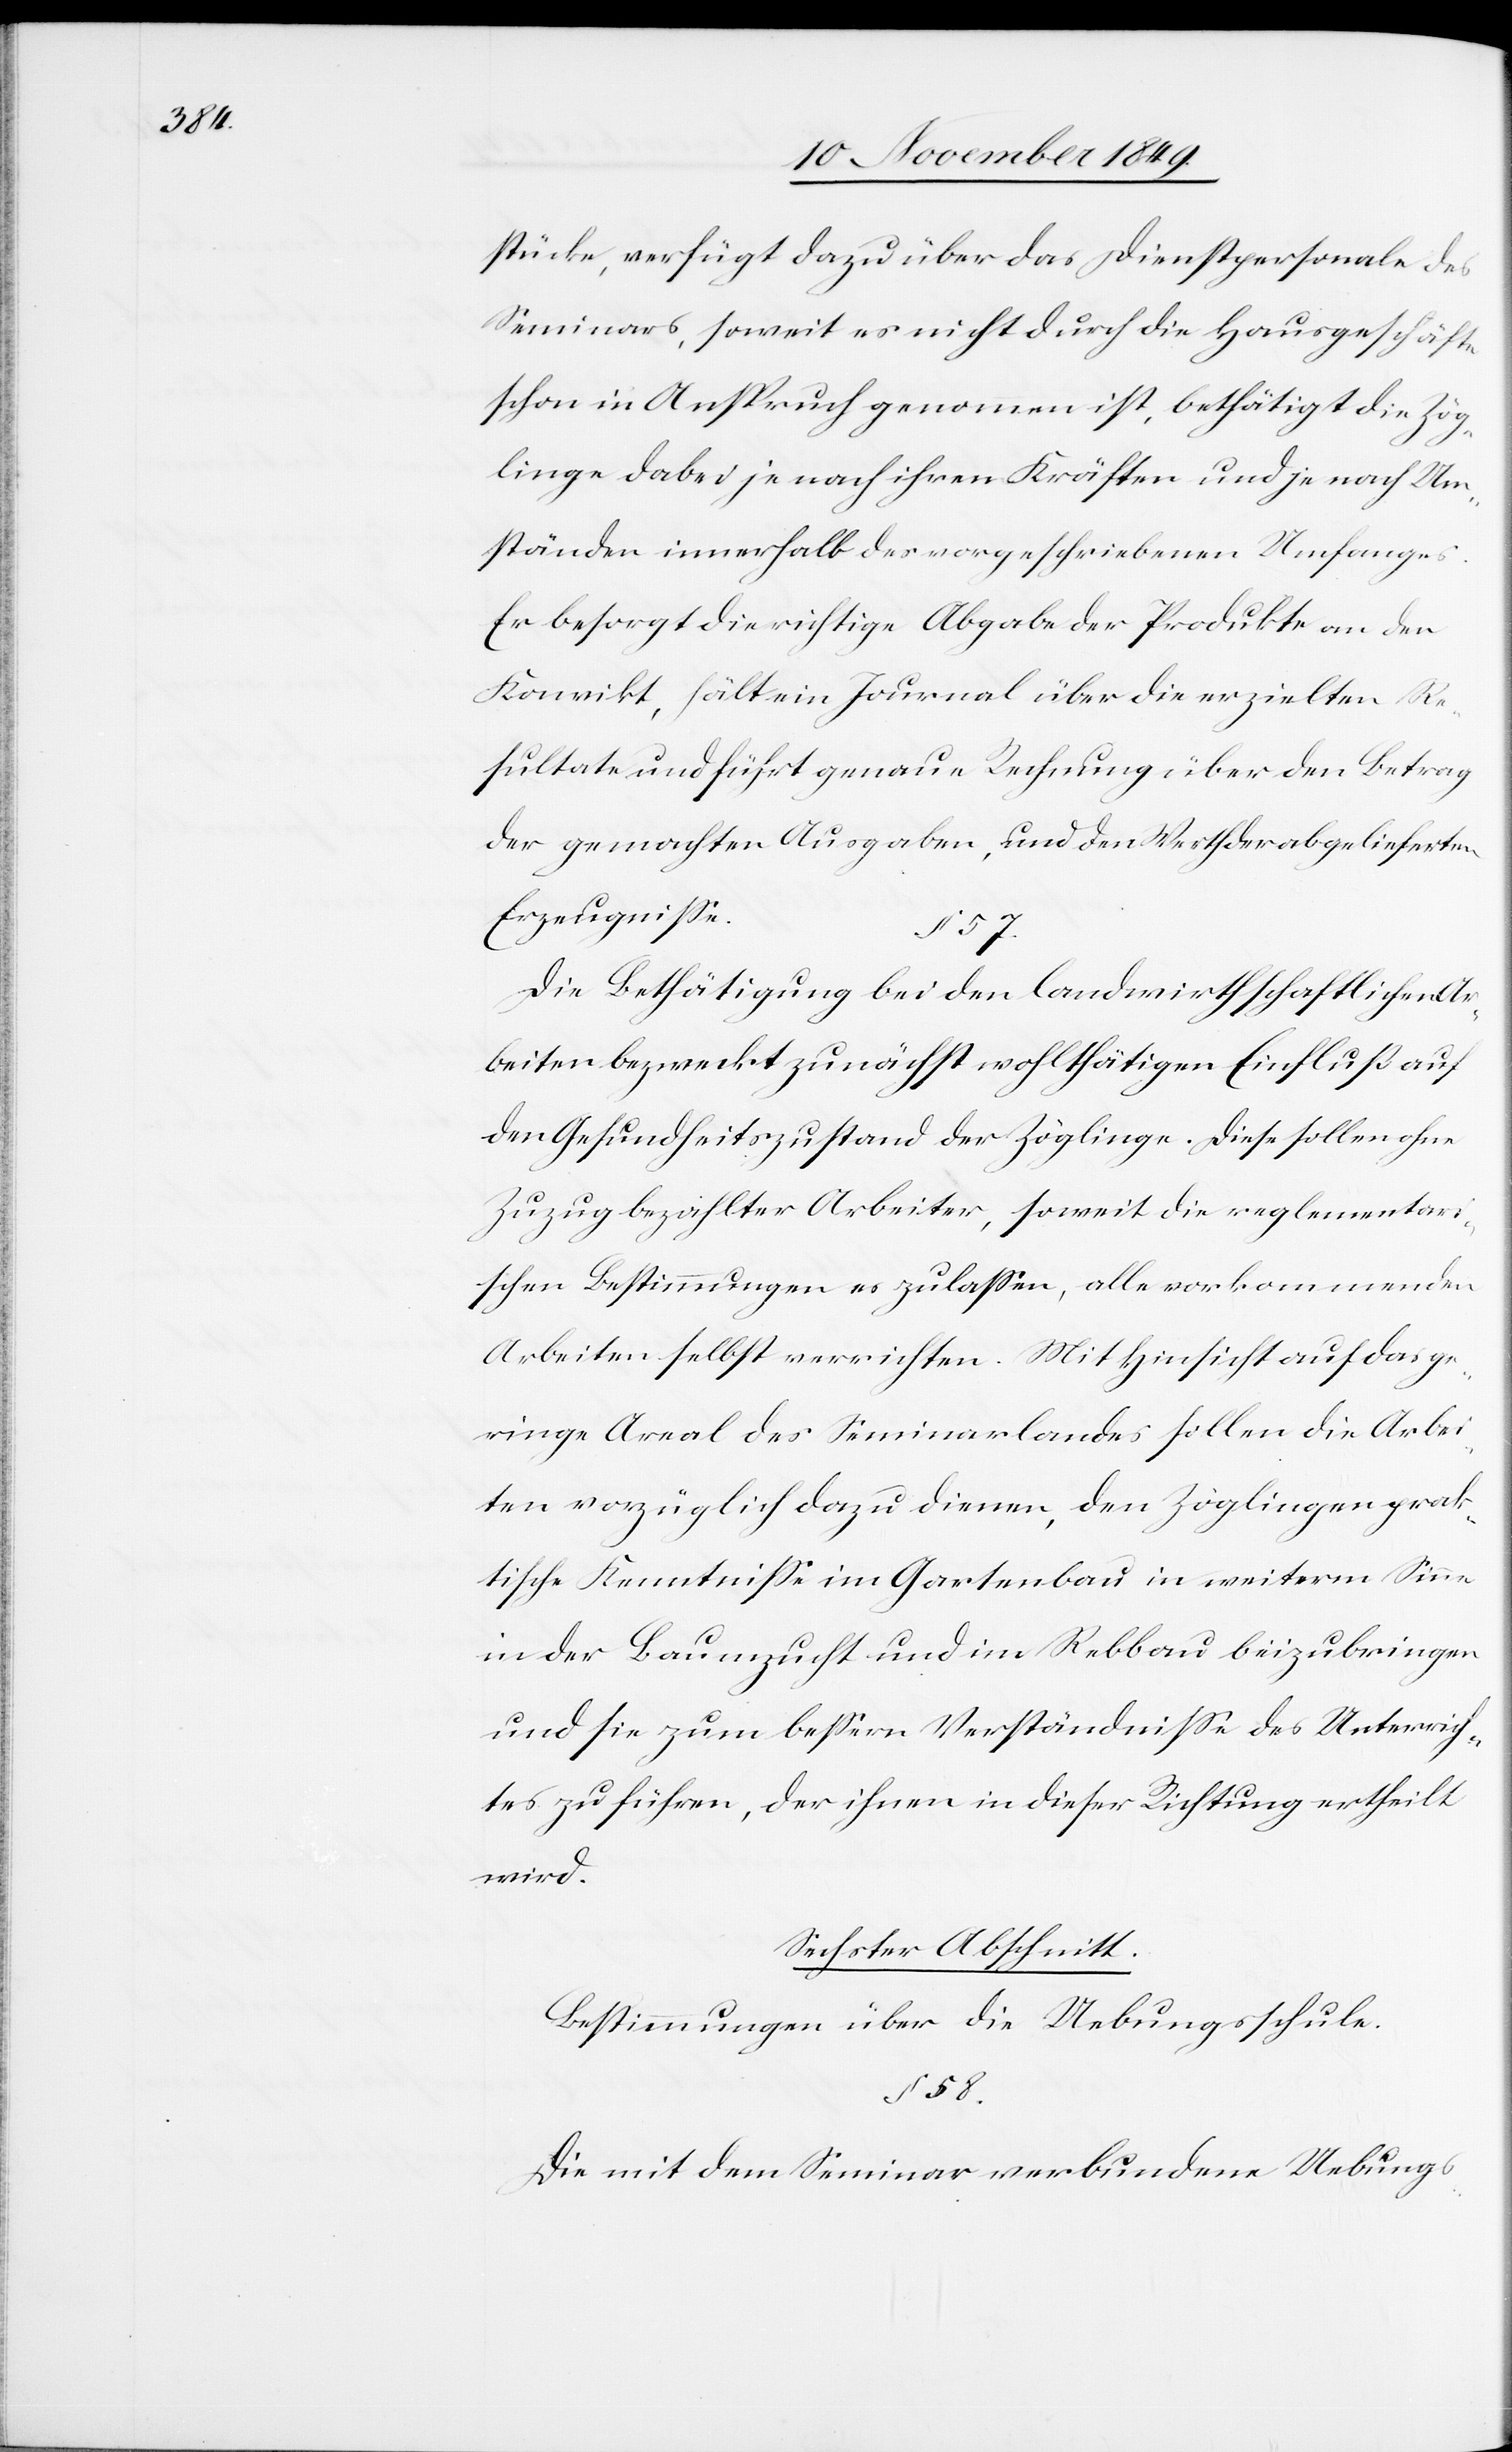
stücke, verfügt dazu über das Dienstpersonale des
Seminars, soweit es nicht durch die Hausgeschäfte
schon in Anspruch genommen ist, bethätigt die Zög¬
linge dabei je nach ihren Kräften und je nach Um¬
ständen innerhalb des vorgeschriebenen Umfanges.
Er besorgt die richtige Abgabe der Produkte an den
Konvikt, hält ein Journal über die erzielten Re¬
sultate und führt genau Rechnung über den Betrag
der gemachten Ausgaben, und den Werth der abgelieferten
Erzeugniße.
§ 57.
Die Bethätigung bei den landwirthschaftlichen Ar¬
beiten bezweckt zunächst wohlthätigen Einfluß auf
den Gesundheitszustand der Zöglinge. Diese sollen ohne
Zuzug bezahlter Arbeiter, soweit die reglementari¬
schen Bestimmungen es zulaßen, alle vorkommenden
Arbeiten selbst verrichten. Mit Hinsicht auf das ge¬
ringe Areal des Seminarlandes sollen die Arbei¬
ten vorzüglich dazu dienen, den Zöglingen prak¬
tische Kenntniß im Gartenbau in weiterm Sinne
in der Baumzucht und im Rebbau beizubringen
und sie zum beßern Verständniße des Unterrich¬
tes zu führen, der ihnen in dieser Richtung ertheilt
wird.
Sechster Abschnitt.
Bestimmungen über die Uebungsschule.
§ 58.
Die mit dem Seminar verbundene Uebungs-